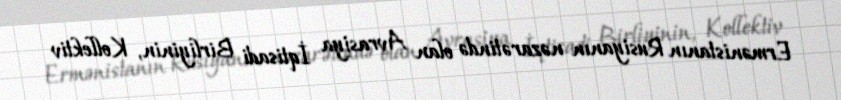
Ermənistanın Rusiyanın nəzarətində olan Avrasiya İqtisadi Birliyinin, Kollektiv